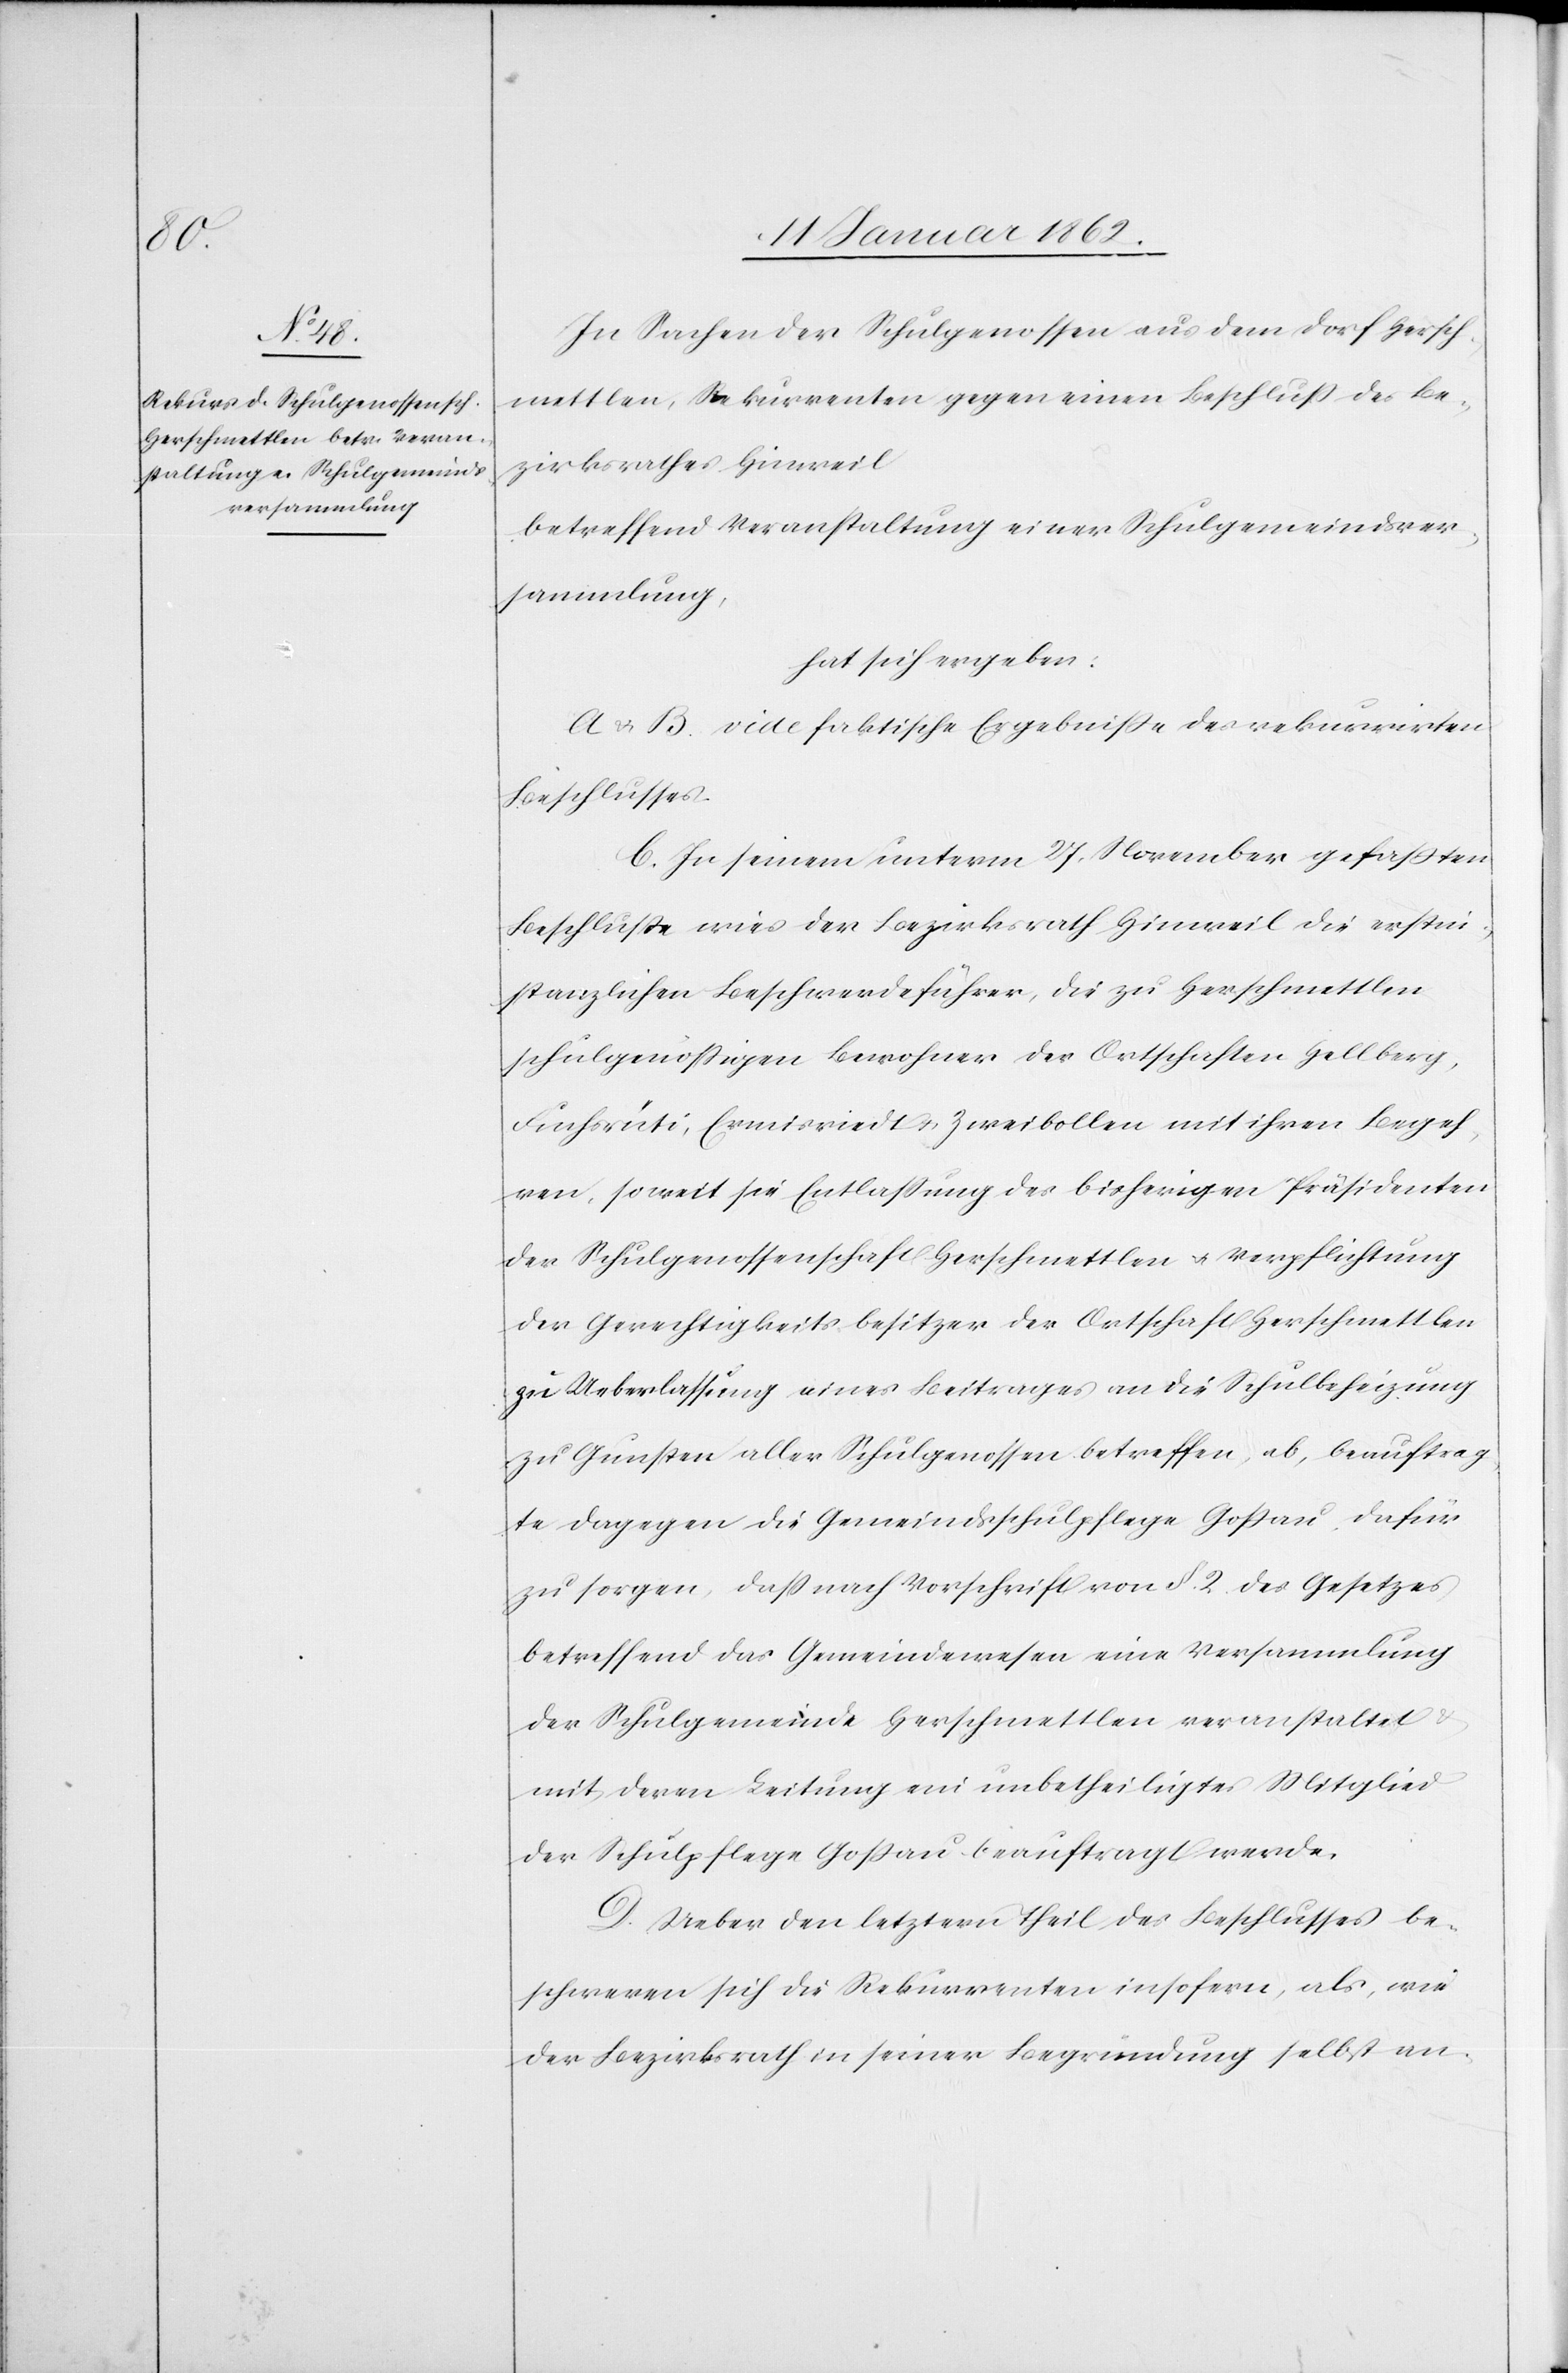
In Sachen der Schulgenossen aus dem Dorf Hersch¬
mettlen, Rekurrenten gegen einen Beschluß des Be¬
zirksrathes Hinweil
betreffend Veranstaltung einer Schulgemeindsver¬
sammlung,
hat sich ergeben:
A u. B. vide faktische Ergebniße des rekurrirten
Beschlusses.
C. In seinem unterm 27. November gefaßten
Beschluße wies der Bezirksrath Hinweil die erstin¬
stanzlichen Beschwerdeführer, die zu Herschmettlen
schulgenößigen Bewohner der Ortschaften Hellberg,
Fuchsrüti, Ermisrietd u. Zweibollen mit ihren Begeh¬
ren, soweit sie Entlassung des bisherigen Präsidenten
der Schulgenossenschaft Herschmettlen u. Verpflichtung
der Gerechtigkeitsbesitzer der Ortschaft Herschmettlen
zu Ueberlassung eines Beitrages an die Schulbeheizung
zu Gunsten aller Schulgenossen betreffen, ab, beauftrag¬
te dagegen die Gemeindsschulpflege Goßau dafür
zu sorgen, daß nach Vorschrift von §. 2. des Gesetzes
betreffend das Gemeindewesen eine Versammlung
der Schulgemeinde Herschmettlen veranstaltet
mit deren Leitung ein unbetheiligtes Mitglied
der Schulpflege Goßau beauftragt werde.
D. Ueber den letztern Theil des Beschlusses be¬
schweren sich die Rekurrenten insofern, als, wie
der Bezirksrath in seiner Begründung selbst an-